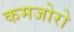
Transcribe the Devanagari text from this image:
कमजोरो